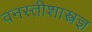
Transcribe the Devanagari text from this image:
वनस्तीशास्त्रज्ञ